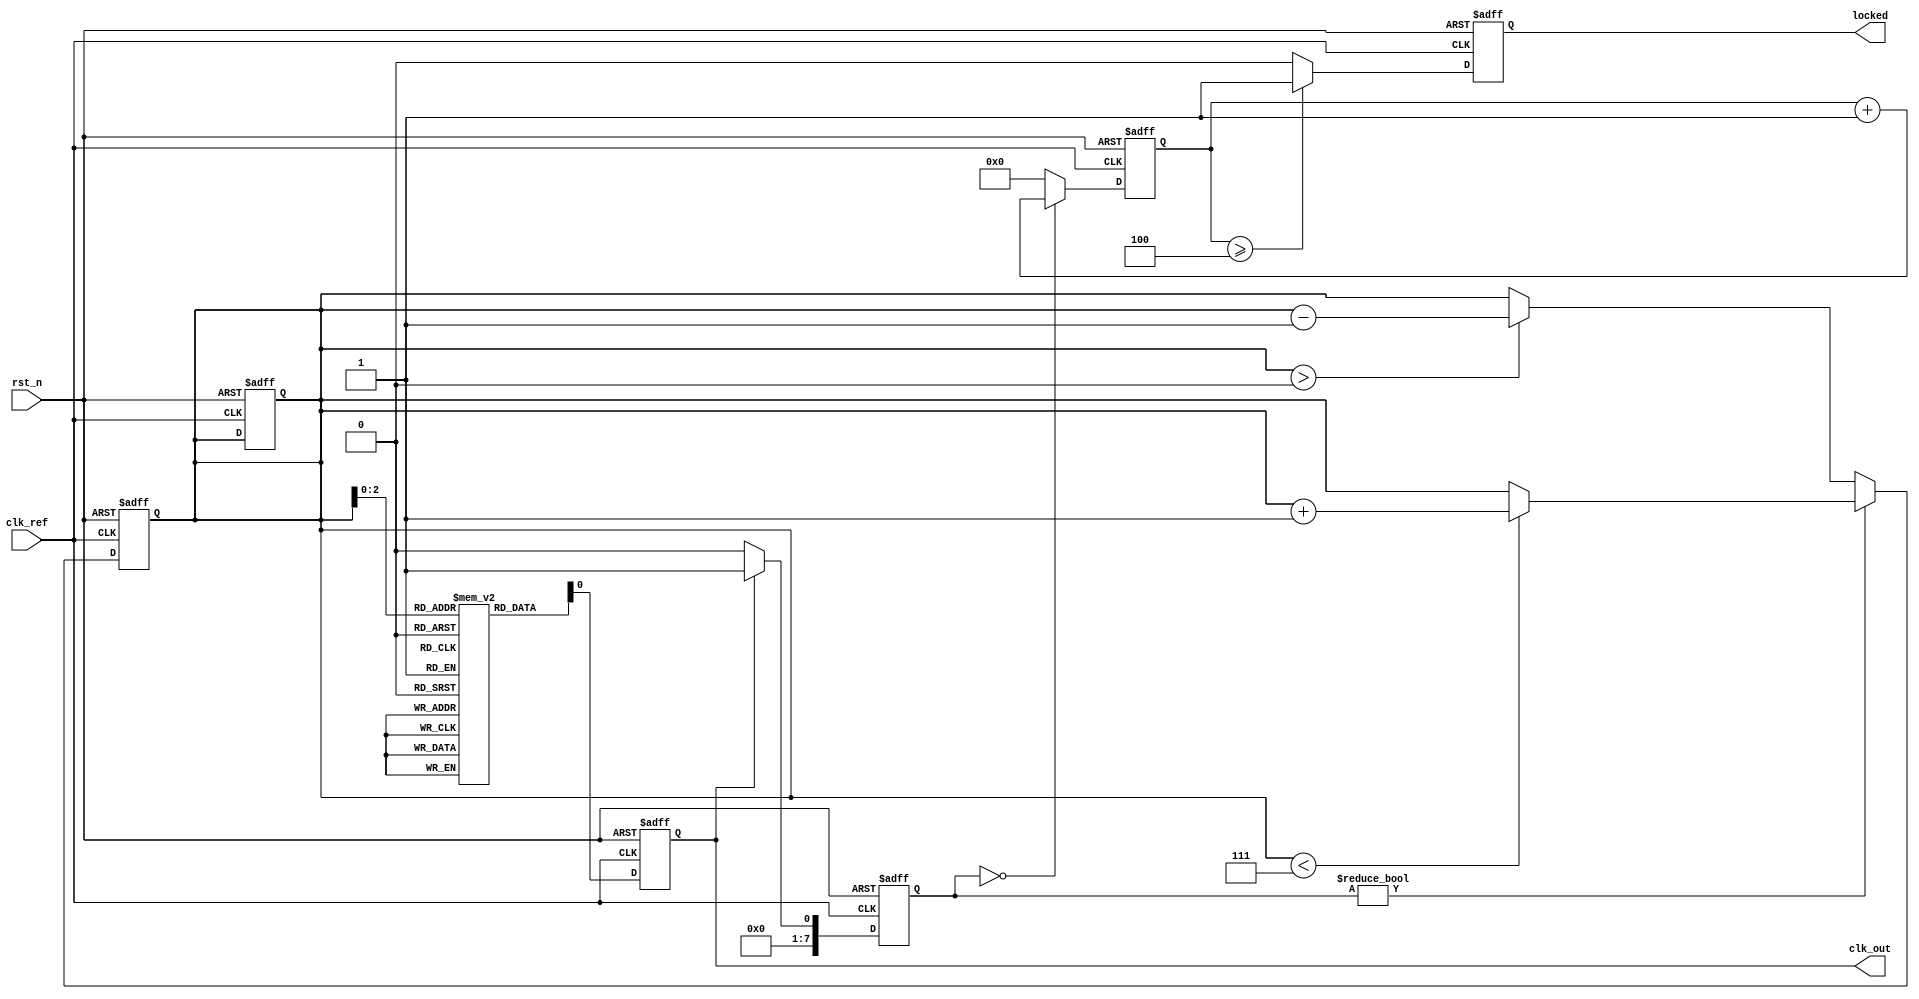
module MemoryBlocksDLL (
    input wire clk_ref,           // Reference clock input
    input wire rst_n,             // Active low reset
    output reg clk_out,           // Output clock
    output reg locked             // Lock status output
);

    // Parameters
    parameter NUM_DELAY_BLOCKS = 8; // Number of memory blocks in delay line
    parameter DELAY_STEP = 1;         // Delay step in clock cycles

    // Internal signals
    reg [NUM_DELAY_BLOCKS-1:0] delay_line [0:NUM_DELAY_BLOCKS-1]; // Delay line memory blocks
    reg [NUM_DELAY_BLOCKS-1:0] current_delay;                     // Current delay setting
    reg [NUM_DELAY_BLOCKS-1:0] error_signal;                      // Error signal from phase detector
    reg [3:0] phase_count;                                         // Phase counter for lock detection
    reg [3:0] lock_threshold = 4;                                  // Lock threshold

    // Phase Detector
    always @(posedge clk_ref or negedge rst_n) begin
        if (!rst_n) begin
            error_signal <= 0;
        end else begin
            // Compare the phase of clk_ref and clk_out
            if (clk_out) begin
                error_signal <= 1; // Output clock is leading
            end else begin
                error_signal <= 0; // Output clock is lagging
            end
        end
    end

    // Delay Line Implementation
    always @(posedge clk_ref or negedge rst_n) begin
        if (!rst_n) begin
            current_delay <= 0;
            clk_out <= 0;
        end else begin
            // Update the output clock based on current delay setting
            clk_out <= delay_line[current_delay];
        end
    end

    // Control Circuit
    always @(posedge clk_ref or negedge rst_n) begin
        if (!rst_n) begin
            current_delay <= 0;
        end else begin
            // Adjust delay based on error signal
            if (error_signal) begin
                if (current_delay < NUM_DELAY_BLOCKS - 1) begin
                    current_delay <= current_delay + DELAY_STEP; // Increment delay
                end
            end else begin
                if (current_delay > 0) begin
                    current_delay <= current_delay - DELAY_STEP; // Decrement delay
                end
            end
        end
    end

    // Lock Detection
    always @(posedge clk_ref or negedge rst_n) begin
        if (!rst_n) begin
            phase_count <= 0;
            locked <= 0;
        end else begin
            if (error_signal == 0) begin
                phase_count <= phase_count + 1;
            end else begin
                phase_count <= 0;
            end
            
            // Check if locked
            if (phase_count >= lock_threshold) begin
                locked <= 1; // DLL is locked
            end else begin
                locked <= 0; // DLL is not locked
            end
        end
    end

    // Output Buffer (optional)
    // This can be implemented as needed to drive external loads

endmodule